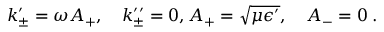
k _ { \pm } ^ { \prime } = \omega A _ { + } , \quad k _ { \pm } ^ { \prime \prime } = 0 , A _ { + } = \sqrt { \mu \epsilon ^ { \prime } } , \quad A _ { - } = 0 \; .